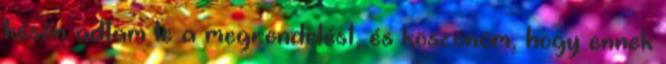
későn adtam le a megrendelést, és köszönöm, hogy ennek